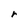
Character: r